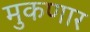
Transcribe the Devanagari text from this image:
मुकणार